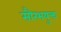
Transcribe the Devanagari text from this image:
सौरभयुक्त